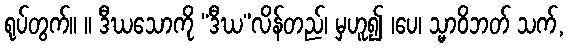
ရုပ်တွက်။ ။ ဒီဃသောကို “ဒီဃ”လိန်တည်၊ မှဟူ၍ ၊ပေ၊ သ္မာဝိဘတ် သက်,